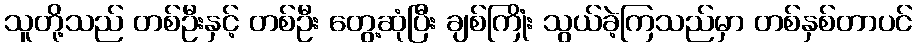
သူတို့သည် တစ်ဦးနှင့် တစ်ဦး တွေ့ဆုံပြီး ချစ်ကြိုံး သွယ်ခဲ့ကြသည်မှာ တစ်နှစ်တာပင်